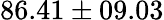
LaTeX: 86.41\pm 09.03